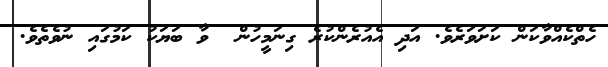
ހެތްކެއްވާކަން ކަށަވަރެވެ. އަދި އެއުރެންކުރެ ގިނަމީހުން  ވާ ބަޔަކު ކަމުގައި ނުވެތެވެ.